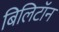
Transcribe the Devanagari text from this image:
बिलिटॉन